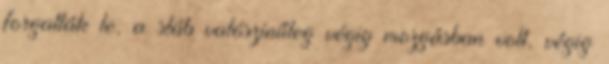
forgatták le, a stáb valószínűleg végig mozgásban volt, végig